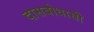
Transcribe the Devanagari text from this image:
दासबोधासी